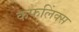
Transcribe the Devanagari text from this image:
कफलिंक्स